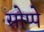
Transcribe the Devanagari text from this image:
सोप्पे